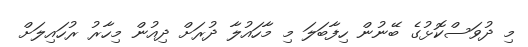
މި ދުވަސްކޮޅުގެ ބޭނުން ހިފާބަލަ މި މާހައުލާ ދުރަށް ދިއުން މިހާރު ރުހައިލަށް